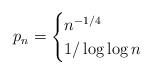
LaTeX: \begin{align*}p_n=\begin{cases}n^{-1/4}&\\1/\log \log n&\end{cases}\end{align*}